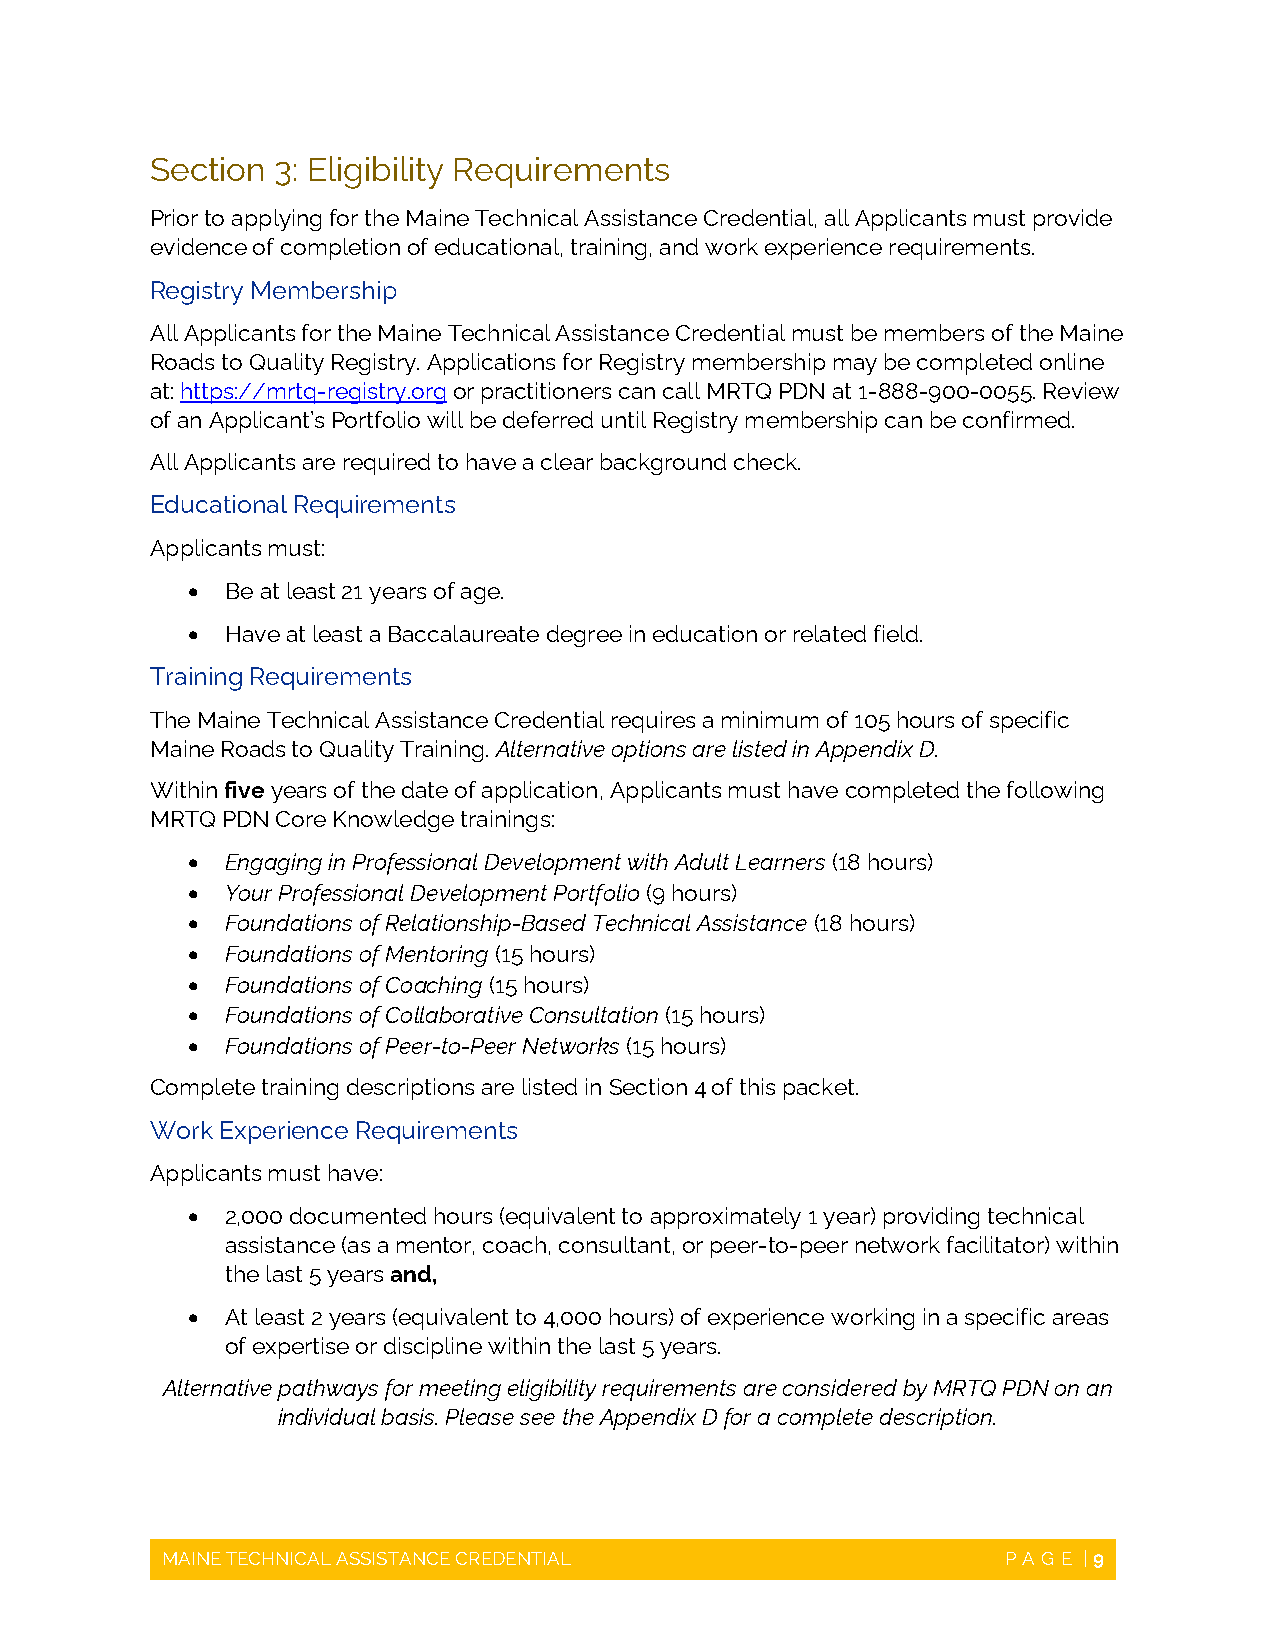
Section 3: Eligibility Requirements
 Prior to applying for the Maine Technical Assistance Credential, all Applicants must provide
 evidence of completion of educational, training, and work experience requirements.
 Registry Membership
 All Applicants for the Maine Technical Assistance Credential must be members of the Maine
 Roads to Quality Registry. Applications for Registry membership may be completed online
 at: https://mrtq-registry.org or practitioners can call MRTQ PDN at 1-888-900-0055. Review
 of an Applicant’s Portfolio will be deferred until Registry membership can be confirmed.
 All Applicants are required to have a clear background check.
 Educational Requirements
 Applicants must:
   Be at least 21 years of age.
   Have at least a Baccalaureate degree in education or related field.
 Training Requirements
 The Maine Technical Assistance Credential requires a minimum of 105 hours of specific
 Maine Roads to Quality Training. Alternative options are listed in Appendix D.
 Within five years of the date of application, Applicants must have completed the following
 MRTQ PDN Core Knowledge trainings:
   Engaging in Professional Development with Adult Learners (18 hours)
   Your Professional Development Portfolio (9 hours)
   Foundations of Relationship-Based Technical Assistance (18 hours)
   Foundations of Mentoring (15 hours)
   Foundations of Coaching (15 hours)
   Foundations of Collaborative Consultation (15 hours)
   Foundations of Peer-to-Peer Networks (15 hours)
 Complete training descriptions are listed in Section 4 of this packet.
 Work Experience Requirements
 Applicants must have:
   2,000 documented hours (equivalent to approximately 1 year) providing technical
 assistance (as a mentor, coach, consultant, or peer-to-peer network facilitator) within
 the last 5 years and,
   At least 2 years (equivalent to 4,000 hours) of experience working in a specific areas
 of expertise or discipline within the last 5 years.
 Alternative pathways for meeting eligibility requirements are considered by MRTQ PDN on an
 individual basis. Please see the Appendix D for a complete description.
 MAINE TECHNICAL ASSISTANCE CREDENTIAL                   PAGE | 9